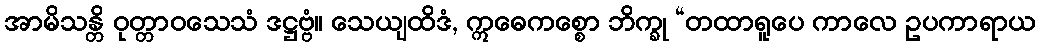
အာမိသန္တိ ဝုတ္တာဝသေသံ ဒဋ္ဌဗ္ဗံ။ သေယျထိဒံ, ဣဓေကစ္စော ဘိက္ခု “တထာရူပေ ကာလေ ဥပကာရာယ